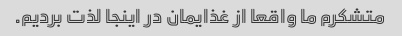
متشکرم ما واقعا از غذایمان در اینجا لذت بردیم.